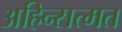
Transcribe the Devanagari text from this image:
अहिन्सत्मत